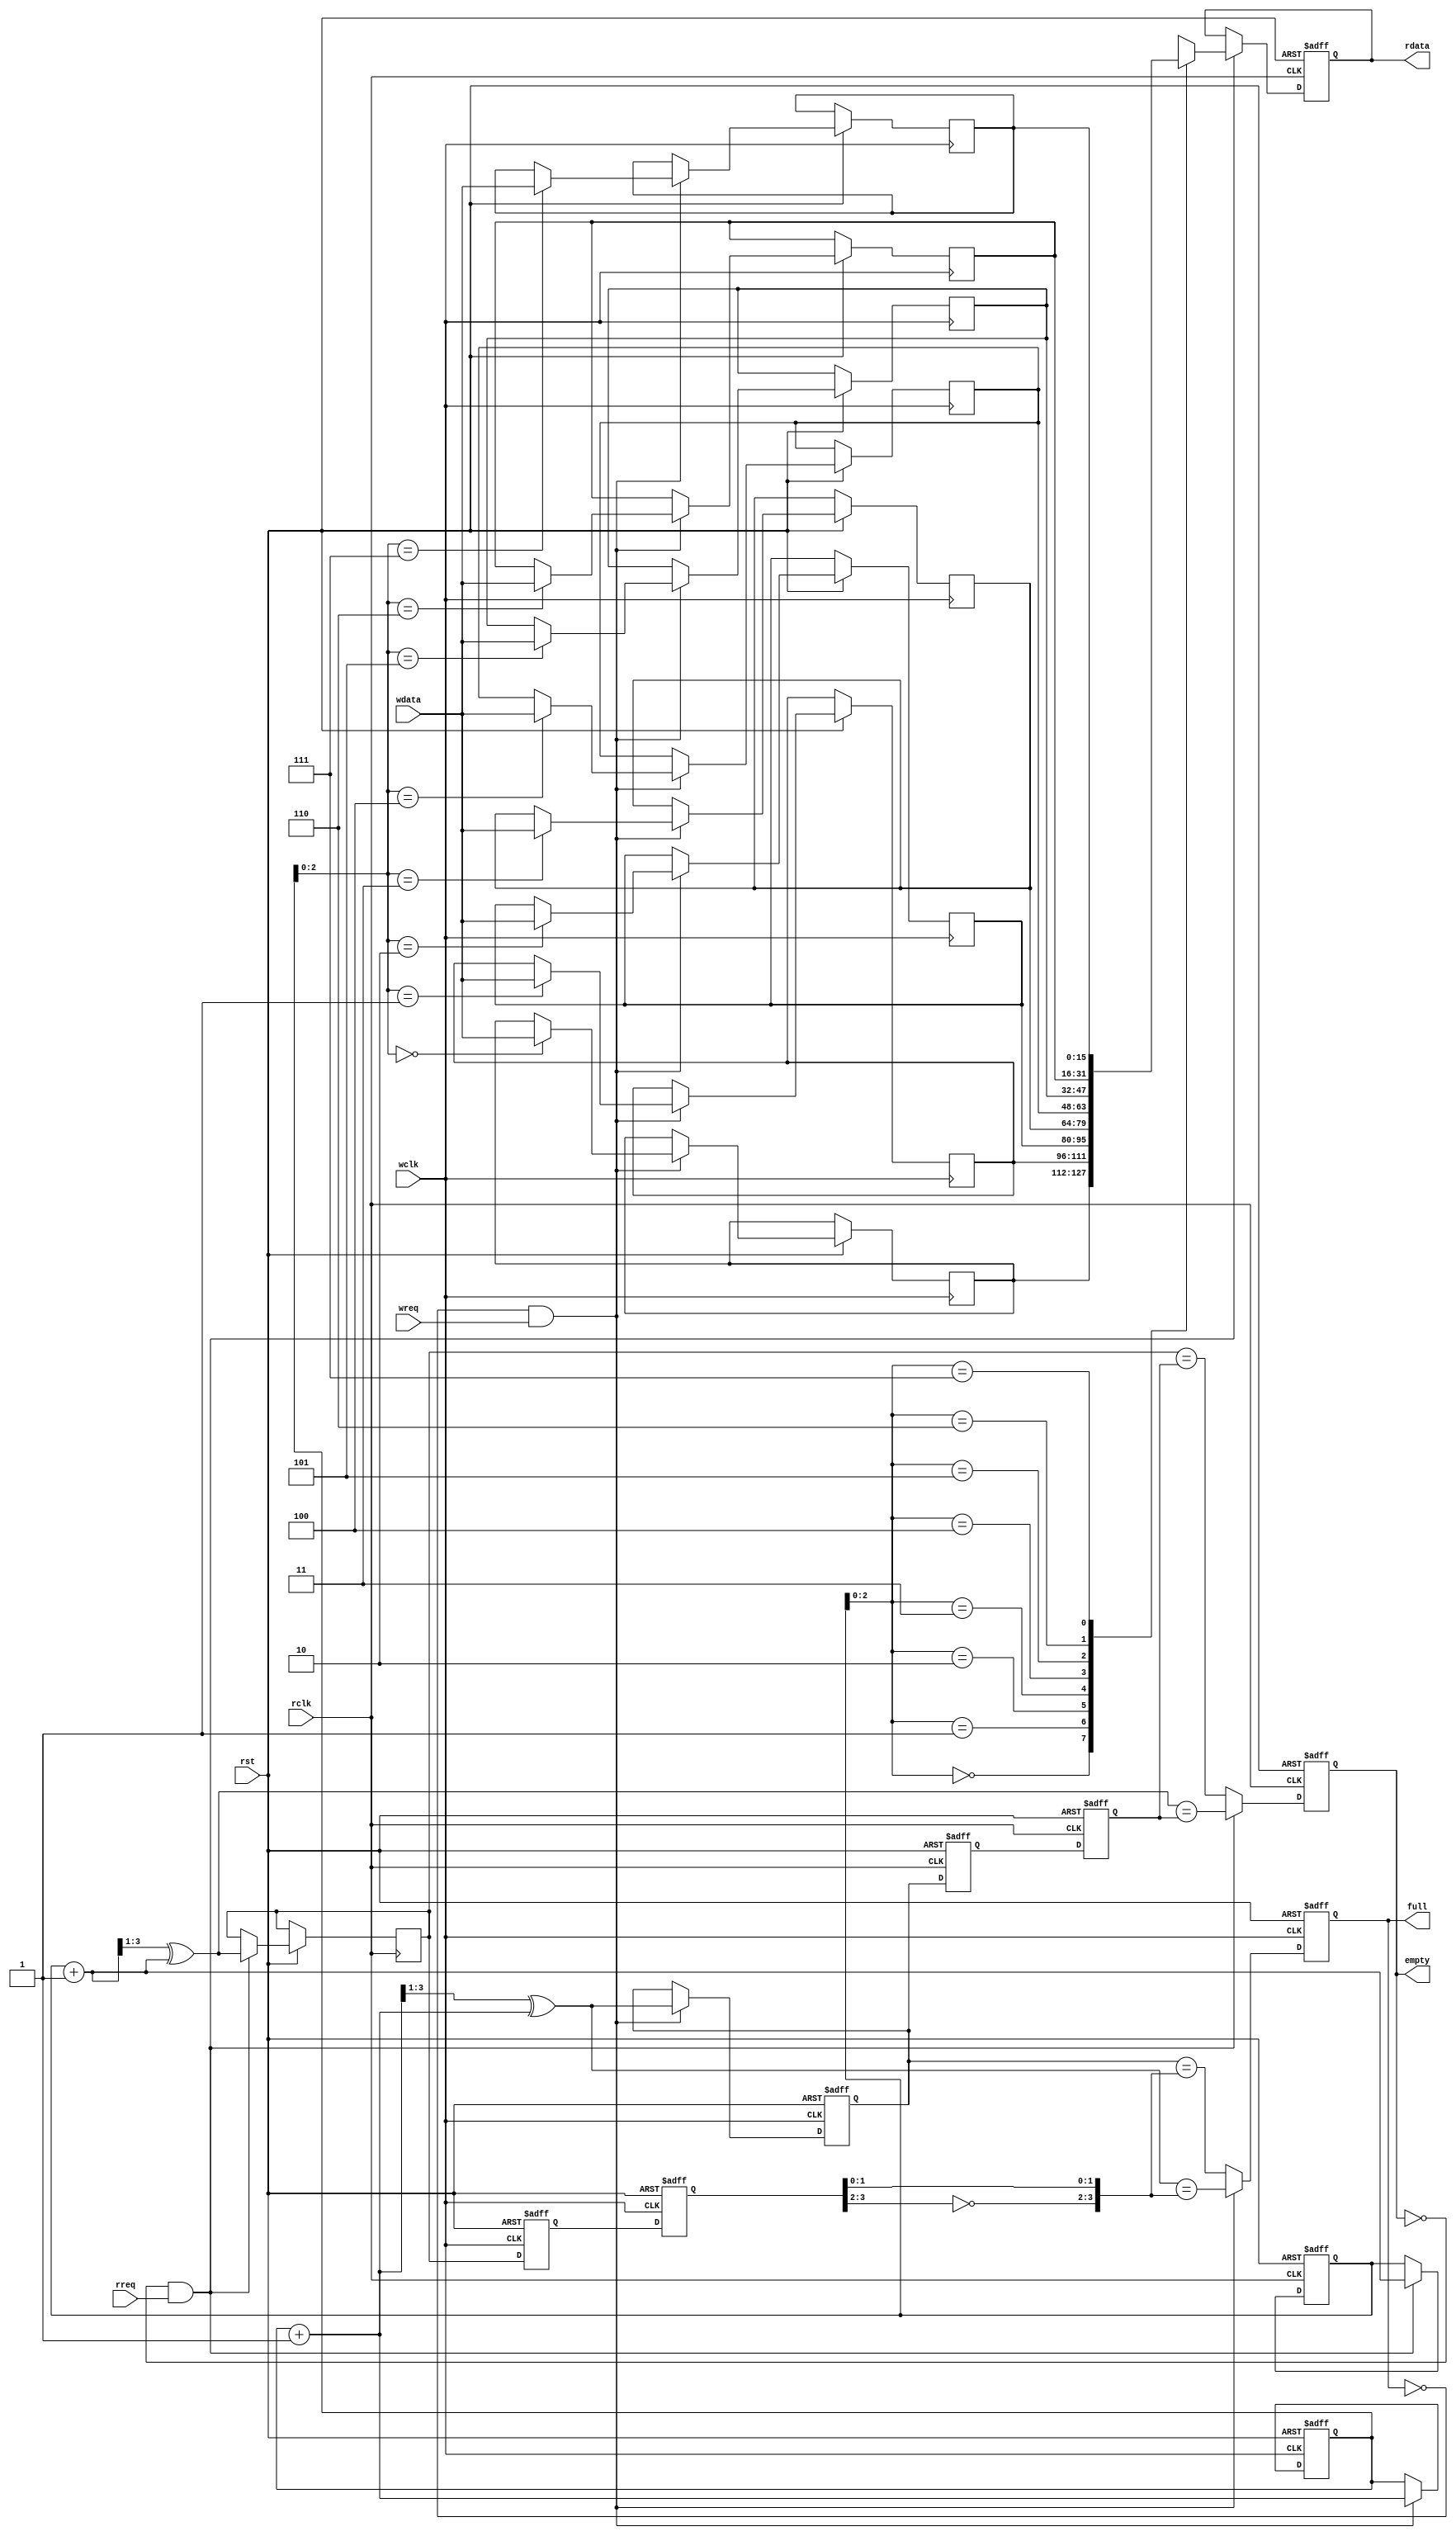
module fifo
 #(parameter ASIZE = 3,    
   parameter DSIZE = 16)    
(
    input wclk,rclk,rst,
    input rreq,wreq,    
    input [DSIZE-1:0] wdata,   
    output reg [DSIZE-1:0] rdata,
    output reg full,empty
);

	localparam RAMDEPTH = 1 << ASIZE;
	reg [DSIZE-1:0] mem [RAMDEPTH-1:0];

	wire empty_next,empty_next1,empty_next2;
	wire [ASIZE:0] raddr_next,raddr_next_gray;
	reg [ASIZE:0] raddr,raddr_gray;
	reg [ASIZE:0] _waddr_gray_rclk,waddr_gray_rclk;
	
	wire full_next,full_next1,full_next2;
	wire [ASIZE:0] waddr_next,waddr_next_gray;
	reg [ASIZE:0] waddr,waddr_gray;
	reg [ASIZE:0] _raddr_gray_wclk,raddr_gray_wclk;
	
	assign waddr_next = waddr + 1'b1;
	assign waddr_next_gray = (waddr_next >> 1) ^ waddr_next;
	assign full_next1 = (waddr_next_gray == {~raddr_gray_wclk[ASIZE:ASIZE-1],raddr_gray_wclk[ASIZE-2:0]});
	assign full_next2 = (waddr_gray == {~raddr_gray_wclk[ASIZE:ASIZE-1],raddr_gray_wclk[ASIZE-2:0]});	
	assign full_next = (!full && wreq) ? full_next1 : full_next2;

	
	assign raddr_next = raddr + 1'b1;
	assign raddr_next_gray = (raddr_next >> 1'b1) ^ raddr_next;
	assign empty_next1 = (raddr_next_gray == waddr_gray_rclk);
	assign empty_next2 = (raddr_gray == waddr_gray_rclk);
	assign empty_next = (!empty && rreq) ? empty_next1 : empty_next2;
	
	always@(posedge wclk or negedge rst)
	if(!rst)
	begin
		waddr <= 0;
		waddr_gray <= 0;
		full <= 0;
		_raddr_gray_wclk <= 0;
		raddr_gray_wclk <= 0;
	end
	else
	begin
		if(!full && wreq)
		begin
			waddr <= waddr_next;
			waddr_gray <= waddr_next_gray;
			mem[waddr[ASIZE-1:0]] <= wdata;
		end
		
		full <= full_next;
		{raddr_gray_wclk, _raddr_gray_wclk} <= {_raddr_gray_wclk, raddr_gray};
	end
	

		
	always@(posedge rclk or negedge rst)
	begin
		if(!rst)
		begin
			raddr <= 0;
			rdata <= 0;
			empty <= 1;
			_waddr_gray_rclk <= 0;
			waddr_gray_rclk <= 0;
		end
		else
		begin
			if(!empty && rreq)
			begin
				raddr <= raddr_next;
				raddr_gray <= raddr_next_gray;
				rdata <= mem[raddr[ASIZE-1:0]];
			end
			
			empty <= empty_next;
			{waddr_gray_rclk, _waddr_gray_rclk} <= {_waddr_gray_rclk, waddr_gray};
		end
	end

endmodule